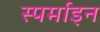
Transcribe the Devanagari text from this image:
स्पर्माइन